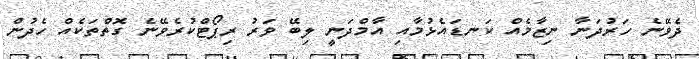
ދެވޭނެ ހަރުދަނާ ނިޒާމެއް ކަނޑައެޅުމާއި އާމްދަނީ ލިބޭ ވަރު ރިޕޯޓްކުރެވޭނެ ގޮތްތަކެއް ހެދުން